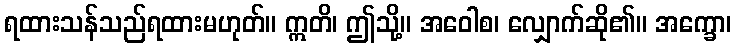
ရထားသန်သည်ရထားမဟုတ်။ ဣတိ၊ ဤသို့။ အဝေါစ၊ လျှောက်ဆို၏။ အက္ခော၊